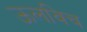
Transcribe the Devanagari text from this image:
ऊलविच